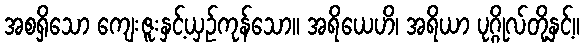
အစရှိသော ကျေးဇူးနှင့်ယှဉ်ကုန်သော။ အရိယေဟိ၊ အရိယာ ပုဂ္ဂိုလ်တို့နှင့်။